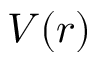
V ( r )